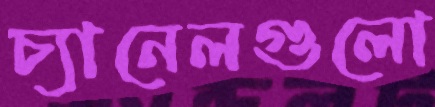
চ্যানেলগুলো